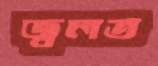
জ্বলত